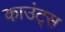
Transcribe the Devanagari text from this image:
काउंट्स